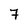
Character: 7